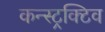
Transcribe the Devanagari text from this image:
कन्स्ट्रक्टिव